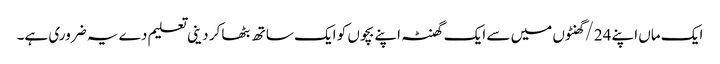
ایک ماں اپنے 24/گھنٹوں میں سے ایک گھنٹہ اپنے بچوں کو ایک ساتھ بٹھا کر دینی تعلیم دے یہ ضروری ہے۔